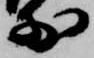
前